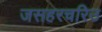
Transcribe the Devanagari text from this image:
जसहरचरिउ